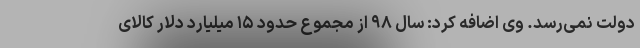
دولت نمی‌رسد. وی اضافه کرد: سال ۹۸ از مجموع حدود ۱۵ میلیارد دلار کالای